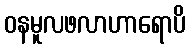
ဝနမူလဖလာဟာရောပိ